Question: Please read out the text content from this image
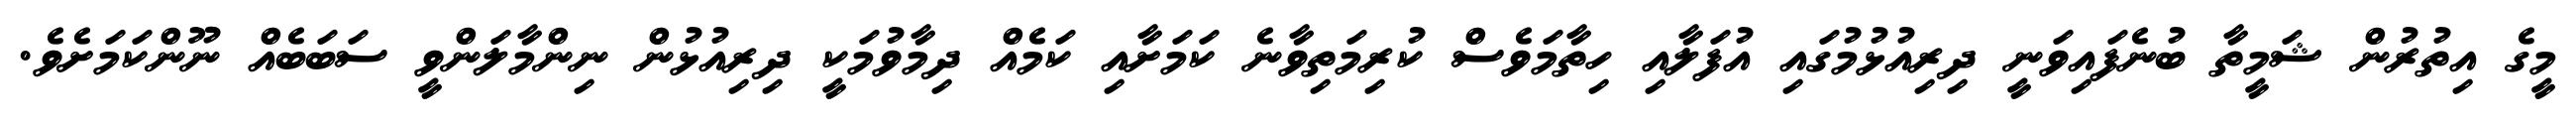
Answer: މީގެ އިތުރުން ޝަމީތާ ބުނެފައިވަނީ ދިރިއުޅުމުގައި އުފަލާއި ހިތާމަވެސް ކުރިމަތިވާނެ ކަމަށާއި ކަމެއް ދިމާވުމަކީ ދިރިއުޅުން ނިންމާލަންވީ ސަބަބެއް ނޫންކަމަށެވެ.